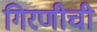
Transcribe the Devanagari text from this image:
गिरणीची